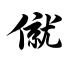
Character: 僦